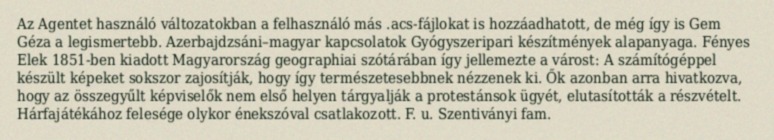
Az Agentet használó változatokban a felhasználó más .acs-fájlokat is hozzáadhatott, de még így is Gem Géza a legismertebb. Azerbajdzsáni–magyar kapcsolatok Gyógyszeripari készítmények alapanyaga. Fényes Elek 1851-ben kiadott Magyarország geographiai szótárában így jellemezte a várost: A számítógéppel készült képeket sokszor zajosítják, hogy így természetesebbnek nézzenek ki. Ők azonban arra hivatkozva, hogy az összegyűlt képviselők nem első helyen tárgyalják a protestánsok ügyét, elutasították a részvételt. Hárfajátékához felesége olykor énekszóval csatlakozott. F. u. Szentiványi fam.